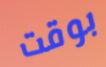
بوقت